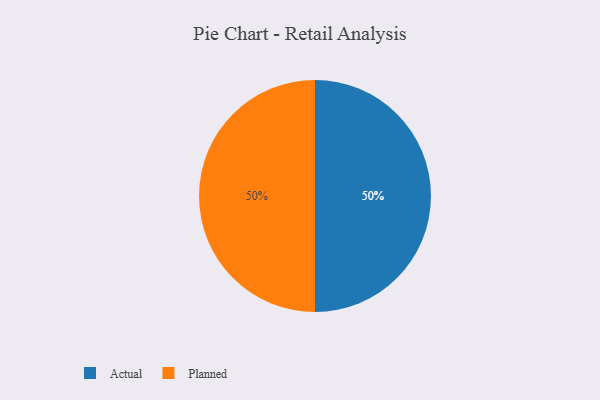
{"axis": {"x": "Category", "y": "Percentage"}, "legend": ["Actual", "Planned"], "data": [{"x": "Actual", "y": 50, "type": "Actual"}, {"x": "Planned", "y": 50, "type": "Planned"}]}